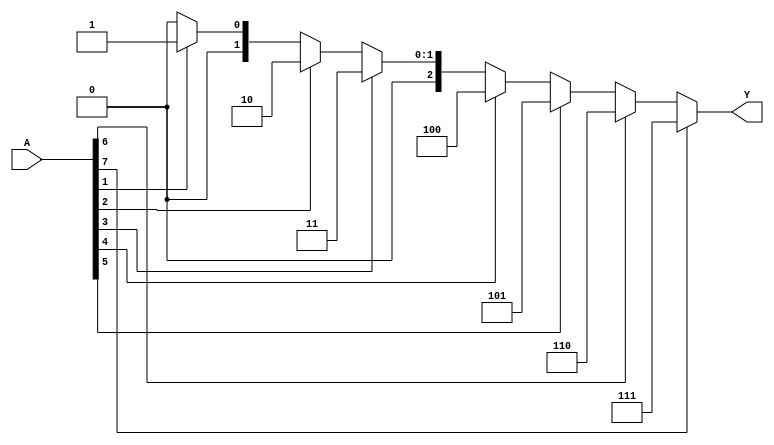
module octal_to_binary_encoder (
    input wire [7:0] A,   // 8-bit octal input
    output reg [2:0] Y    // 3-bit binary output
);

always @(*) begin
    // Default output
    Y = 3'b000; // Default output if no inputs are active

    // Priority encoder logic
    if (A[7]) Y = 3'b111;  // If A[7] is high, output 7
    else if (A[6]) Y = 3'b110; // If A[6] is high, output 6
    else if (A[5]) Y = 3'b101; // If A[5] is high, output 5
    else if (A[4]) Y = 3'b100; // If A[4] is high, output 4
    else if (A[3]) Y = 3'b011; // If A[3] is high, output 3
    else if (A[2]) Y = 3'b010; // If A[2] is high, output 2
    else if (A[1]) Y = 3'b001; // If A[1] is high, output 1
    else if (A[0]) Y = 3'b000; // If A[0] is high, output 0 (already set)
end

endmodule